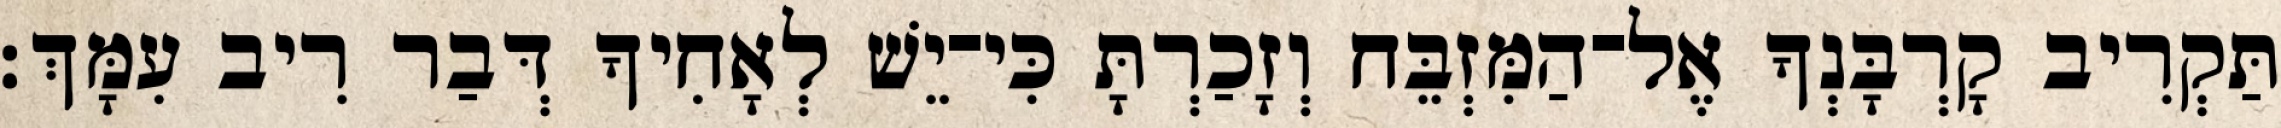
תַּקְרִיב קָרְבָּנְךָ אֶל־הַמִּזְבֵּח וְזָכַרְתָּ כִּי־יֵשׁ לְאָחִיךָ דְּבַר רִיב עִמָּךְ׃